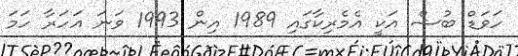
ހަވަޑް ބުޝް އަކީ އެމެރިކާގައި 1989 އިން 1993 ވަނަ އަހަރާ ހަމަ